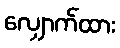
လျှောက်ထား